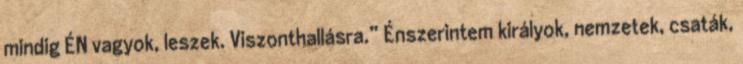
mindig ÉN vagyok, leszek. Viszonthal­lásra.” Én­szerintem királyok, nemzetek, csaták,